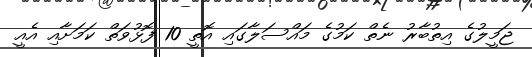
ޖަމީލުގެ އިތުބާރު ނެތް ކަމުގެ މައްސަލާގައި އޮތީ 10 ފޮޅުވަތް ކަމަށާއި އެއީ